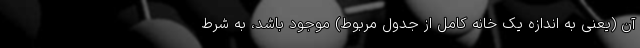
آن (یعنی به اندازه یک خانه کامل از جدول مربوط) موجود باشد، به شرط